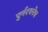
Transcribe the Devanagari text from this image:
पुर्नरचनेच